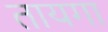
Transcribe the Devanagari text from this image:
तायगा